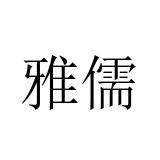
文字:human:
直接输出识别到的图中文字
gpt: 雅儒